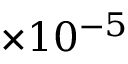
\times 1 0 ^ { - 5 }